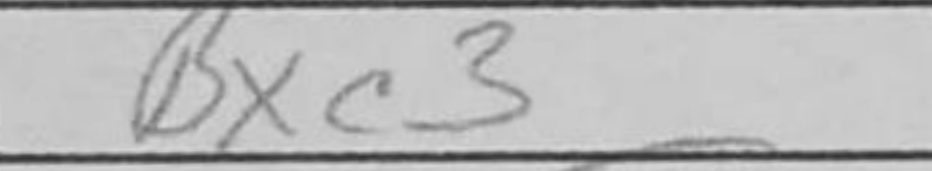
Transcription: Bxc3